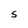
Character: S